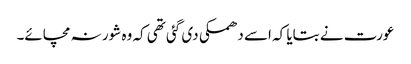
عورت نے بتایا کہ اسے دھمکی دی گئی تھی کہ وہ شور نہ مچائے۔